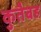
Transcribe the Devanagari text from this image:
कुतैबह